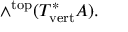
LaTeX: \wedge ^ { \mathrm { t o p } } ( T _ { \mathrm { v e r t } } ^ { * } A ) .